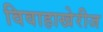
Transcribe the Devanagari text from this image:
विवाहाखेरीज